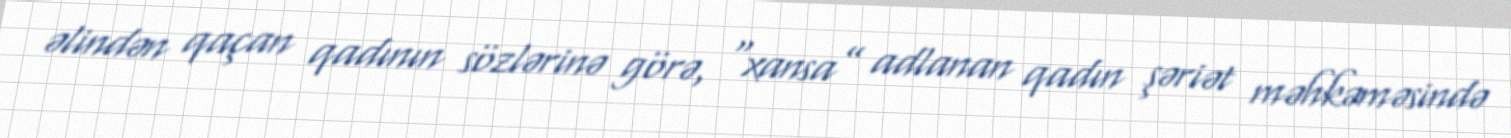
əlindən qaçan qadının sözlərinə görə, “xansa” adlanan qadın şəriət məhkəməsində